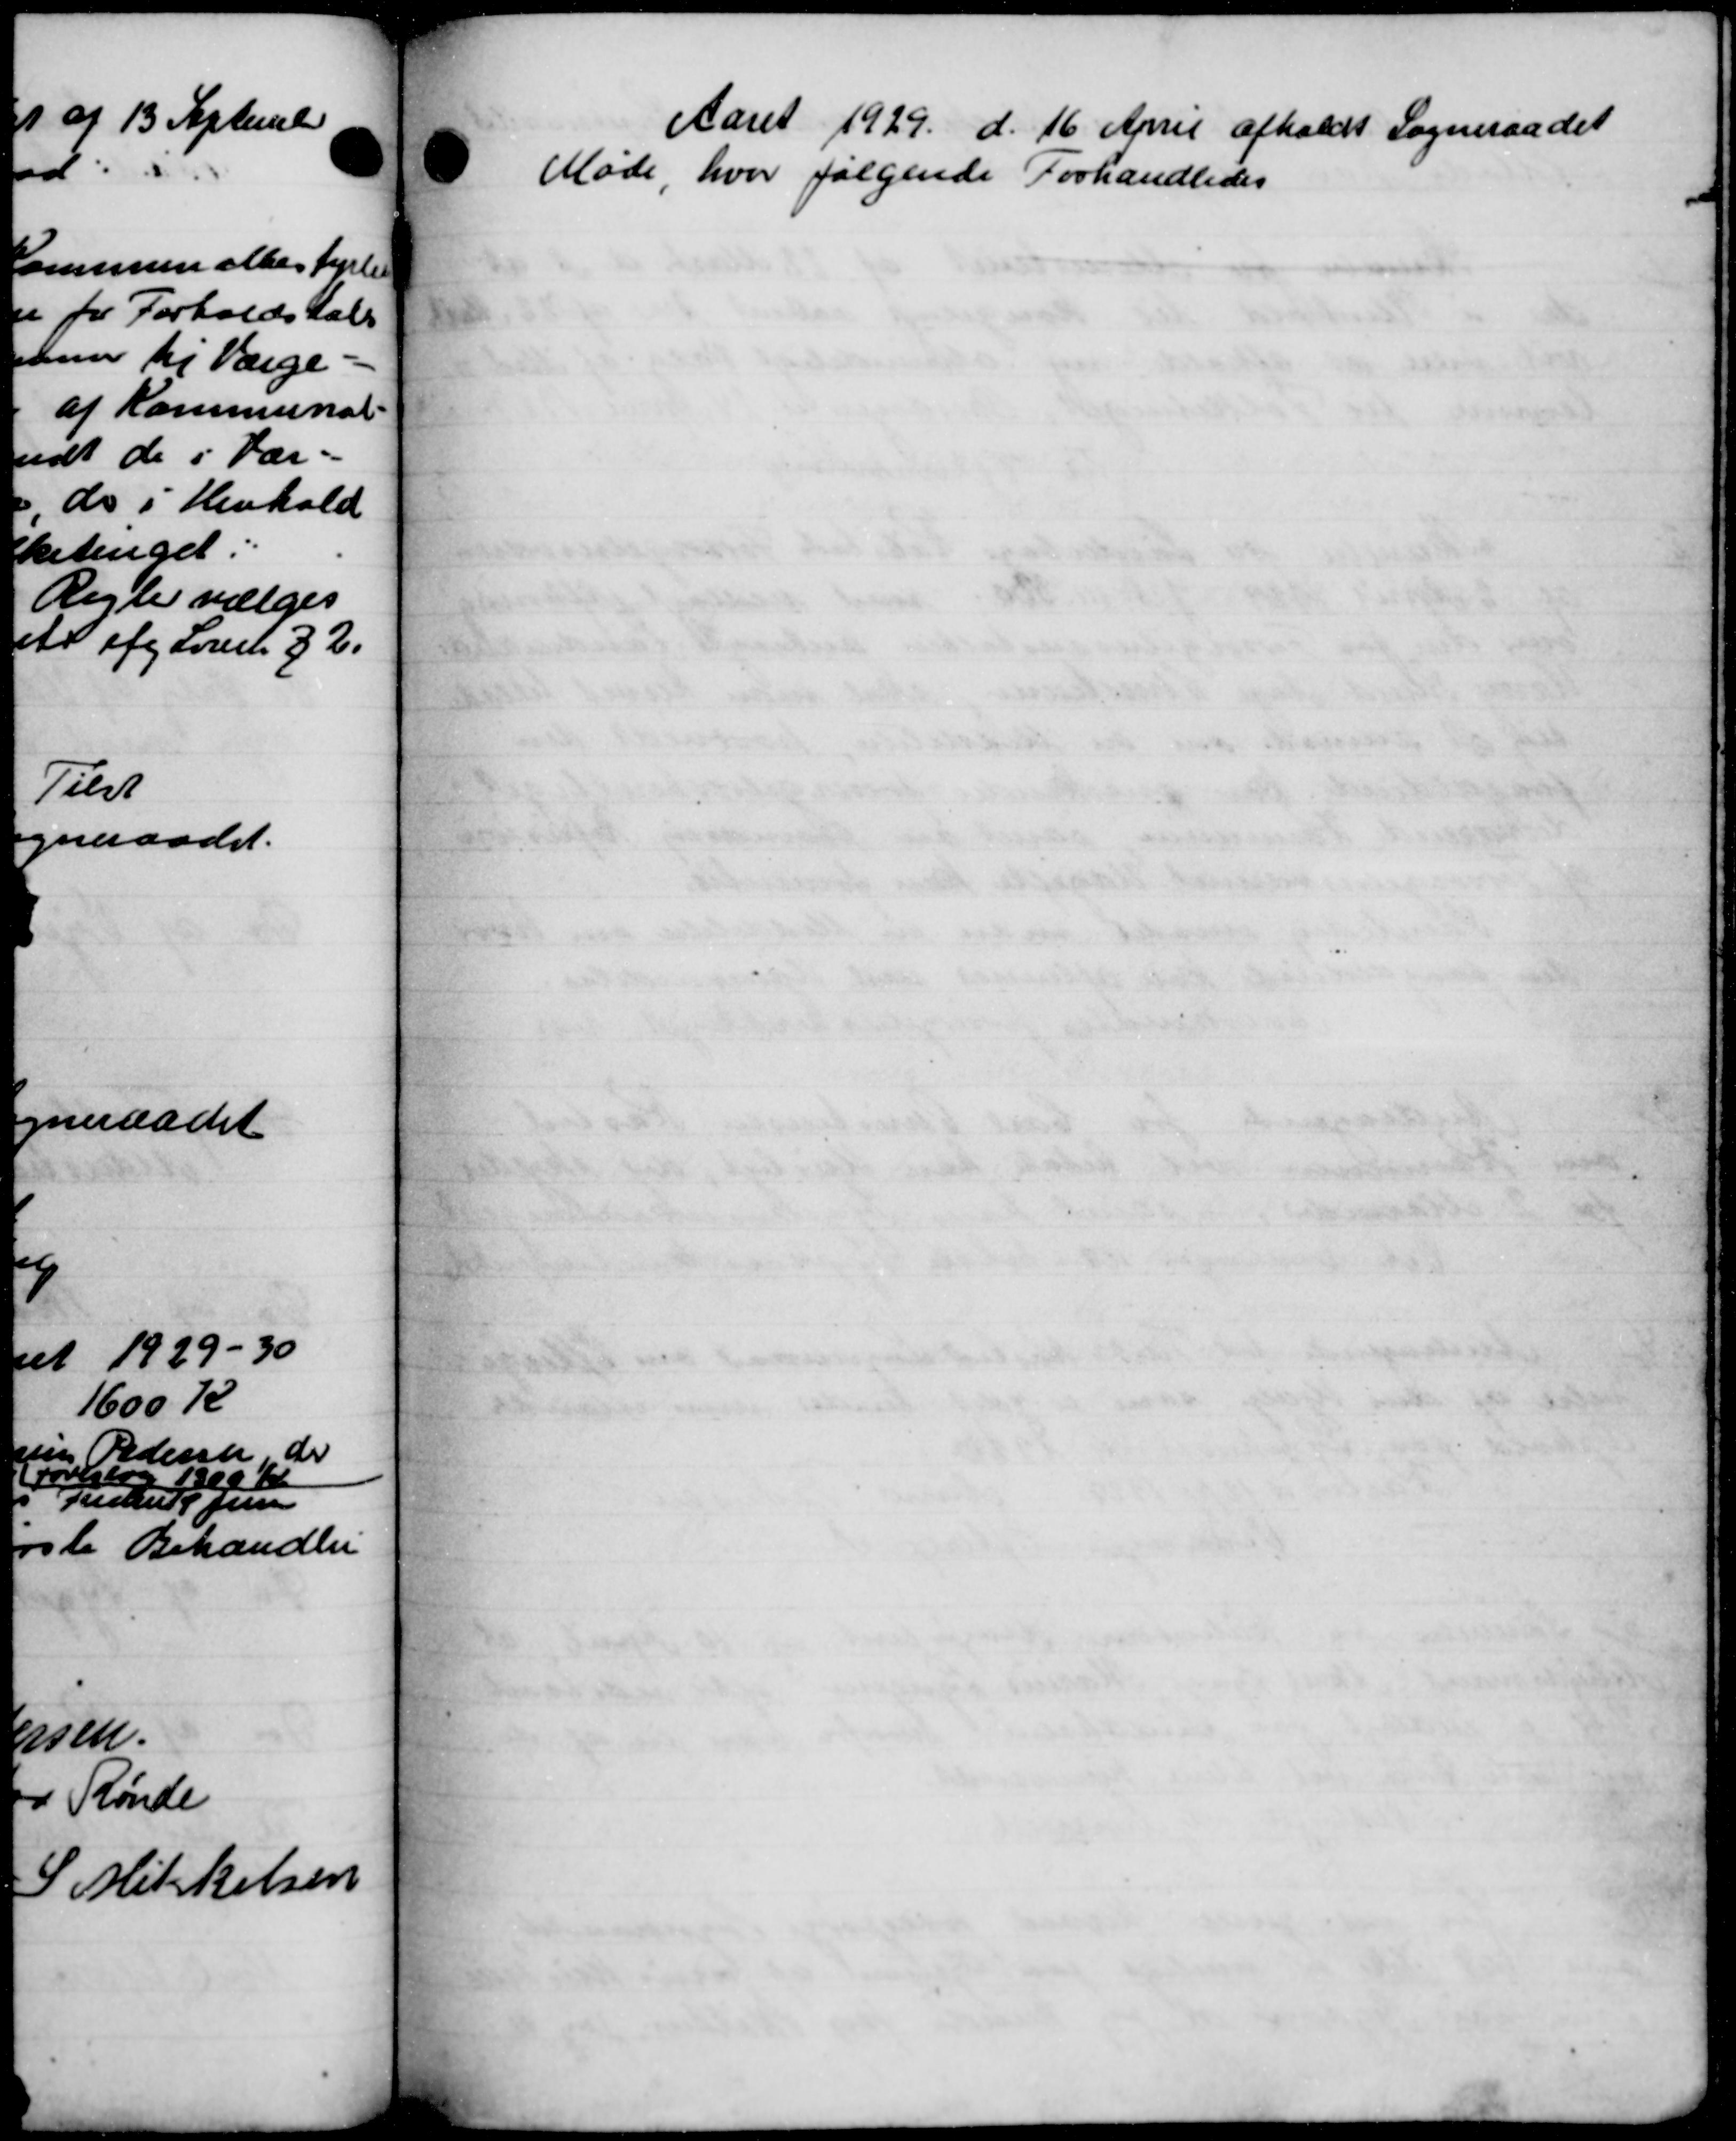
Transskription:
Aaret 1929 d. 16 April afholdt sogneraadet
Møde hvor følgende Forhandledes